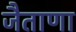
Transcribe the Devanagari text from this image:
जैताणा